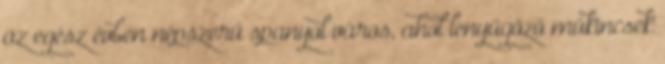
az egész évben népszerű spanyol város, ahol lenyűgöző műkincsek